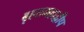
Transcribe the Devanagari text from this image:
बृहतमहाद्वीप